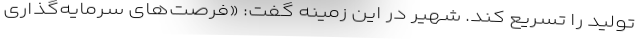
تولید را تسریع کند. شهیر در این زمینه گفت: «فرصت‌ّهای سرمایه‌گذاری